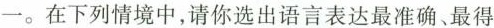
一。在下列情境中，请你选出语言表达最准确、最得